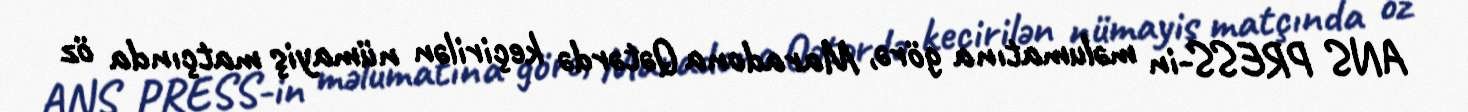
ANS PRESS-in məlumatına görə, Maradona Qətərdə keçirilən nümayiş matçında öz